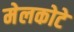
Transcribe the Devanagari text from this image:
मेलकोटे